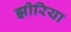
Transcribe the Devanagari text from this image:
झीरिया